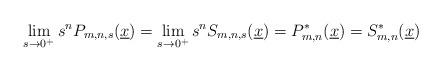
LaTeX: \begin{align*}\displaystyle \lim\limits_{s\to 0^+}s^nP_{m,n,s}(\underline{x})=\lim\limits_{s\to 0^+} s^nS_{m,n,s}(\underline{x})=P_{m,n}^*(\underline{x})=S_{m,n}^*(\underline{x})\end{align*}